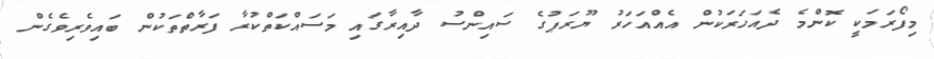
މިފޯރަމަކީ ކޮންމެ ދެއަހަރަކުން އެއްއަހަރު ޔޫރަޕުގެ ސައިންސު ދާއިރާގައި މަސައްކަތްކުރާ ފަރާތްތަކުން ބައިވެރިވެގެން